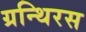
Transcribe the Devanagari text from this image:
ग्रन्थिरस